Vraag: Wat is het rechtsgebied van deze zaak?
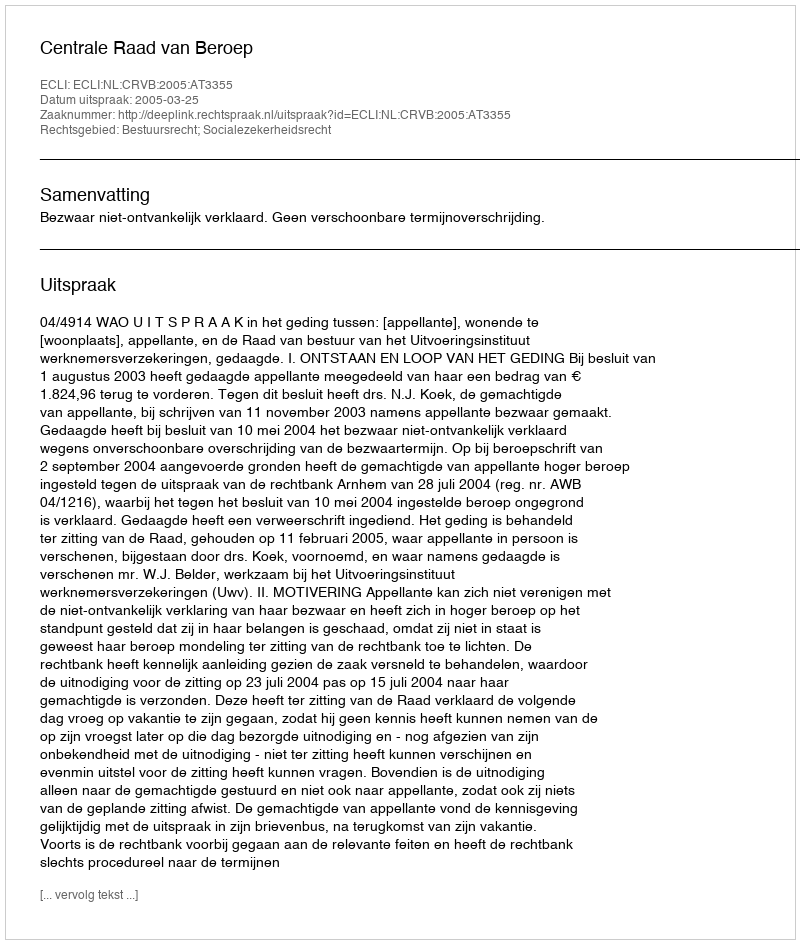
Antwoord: Bestuursrecht; Socialezekerheidsrecht